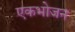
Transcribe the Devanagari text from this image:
एकभोजन